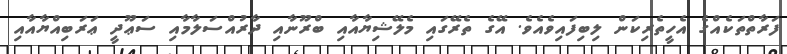
ފަރާތްތަކެއްގެ އެހީތެރިކަން ލިބިފައިވެއެވެ. އޭގެ ތެރޭގައި މެލޭޝިޔާއާއި ބްރޫނާއި ދާރުއްސަލާމާއި ސަޢޫދީ ޢަރަބިއްޔާއާއި